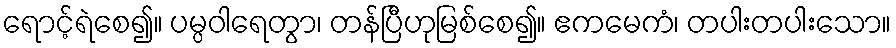
ရောင့်ရဲစေ၍။ ပမ္ပဝါရေတွာ၊ တန်ပြီဟုမြစ်စေ၍။ ဧကမေကံ၊ တပါးတပါးသော။